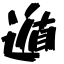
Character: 遁